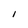
Character: I